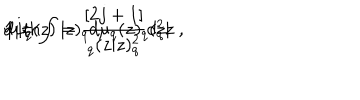
LaTeX: { \bf 1 } = \int | z ) _ { q } d \mu _ { q } ( z ) _ { q } ( z | \hspace { 1 . 5 c m } \mathrm { w i t h } \hspace { 1 . 5 c m } d \mu _ { q } ( z ) = \frac { [ 2 j + 1 ] } { _ q ( z | z ) _ { q } ^ { 2 } } d _ { q } ^ { 2 } z \ ,